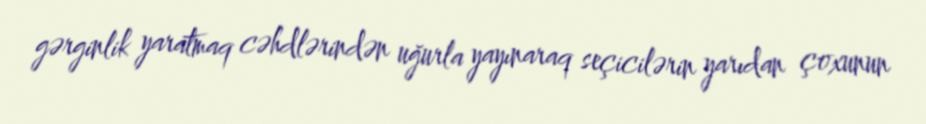
gərginlik yaratmaq cəhdlərindən uğurla yayınaraq seçicilərin yarıdan çoxunun